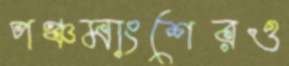
পঞ্চমাংশেরও